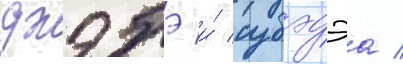
джэбэ и́ субэдэа /